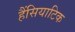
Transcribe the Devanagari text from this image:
हैंसियाटिक